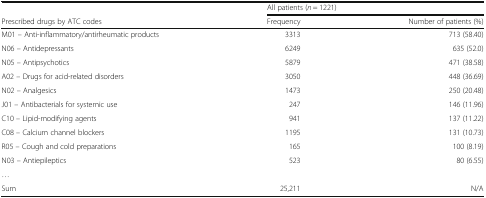
|  | <COLSPAN=2> All patients (n = 1221) |
 | Prescribed drugs by ATC codes | Frequency | Number of patients (%) |
 | --- | --- | --- |
 | M01 – Anti-inflammatory/antirheumatic products | 3313 | 713 (58.40) |
 | N06 – Antidepressants | 6249 | 635 (52.0) |
 | N05 – Antipsychotics | 5879 | 471 (38.58) |
 | A02 – Drugs for acid-related disorders | 3050 | 448 (36.69) |
 | N02 – Analgesics | 1473 | 250 (20.48) |
 | J01 – Antibacterials for systemic use | 247 | 146 (11.96) |
 | C10 – Lipid-modifying agents | 941 | 137 (11.22) |
 | C08 – Calcium channel blockers | 1195 | 131 (10.73) |
 | R05 – Cough and cold preparations | 165 | 100 (8.19) |
 | N03 – Antiepileptics | 523 | 80 (6.55) |
 | ... |  |  |
 | Sum | 25,211 | N/A |